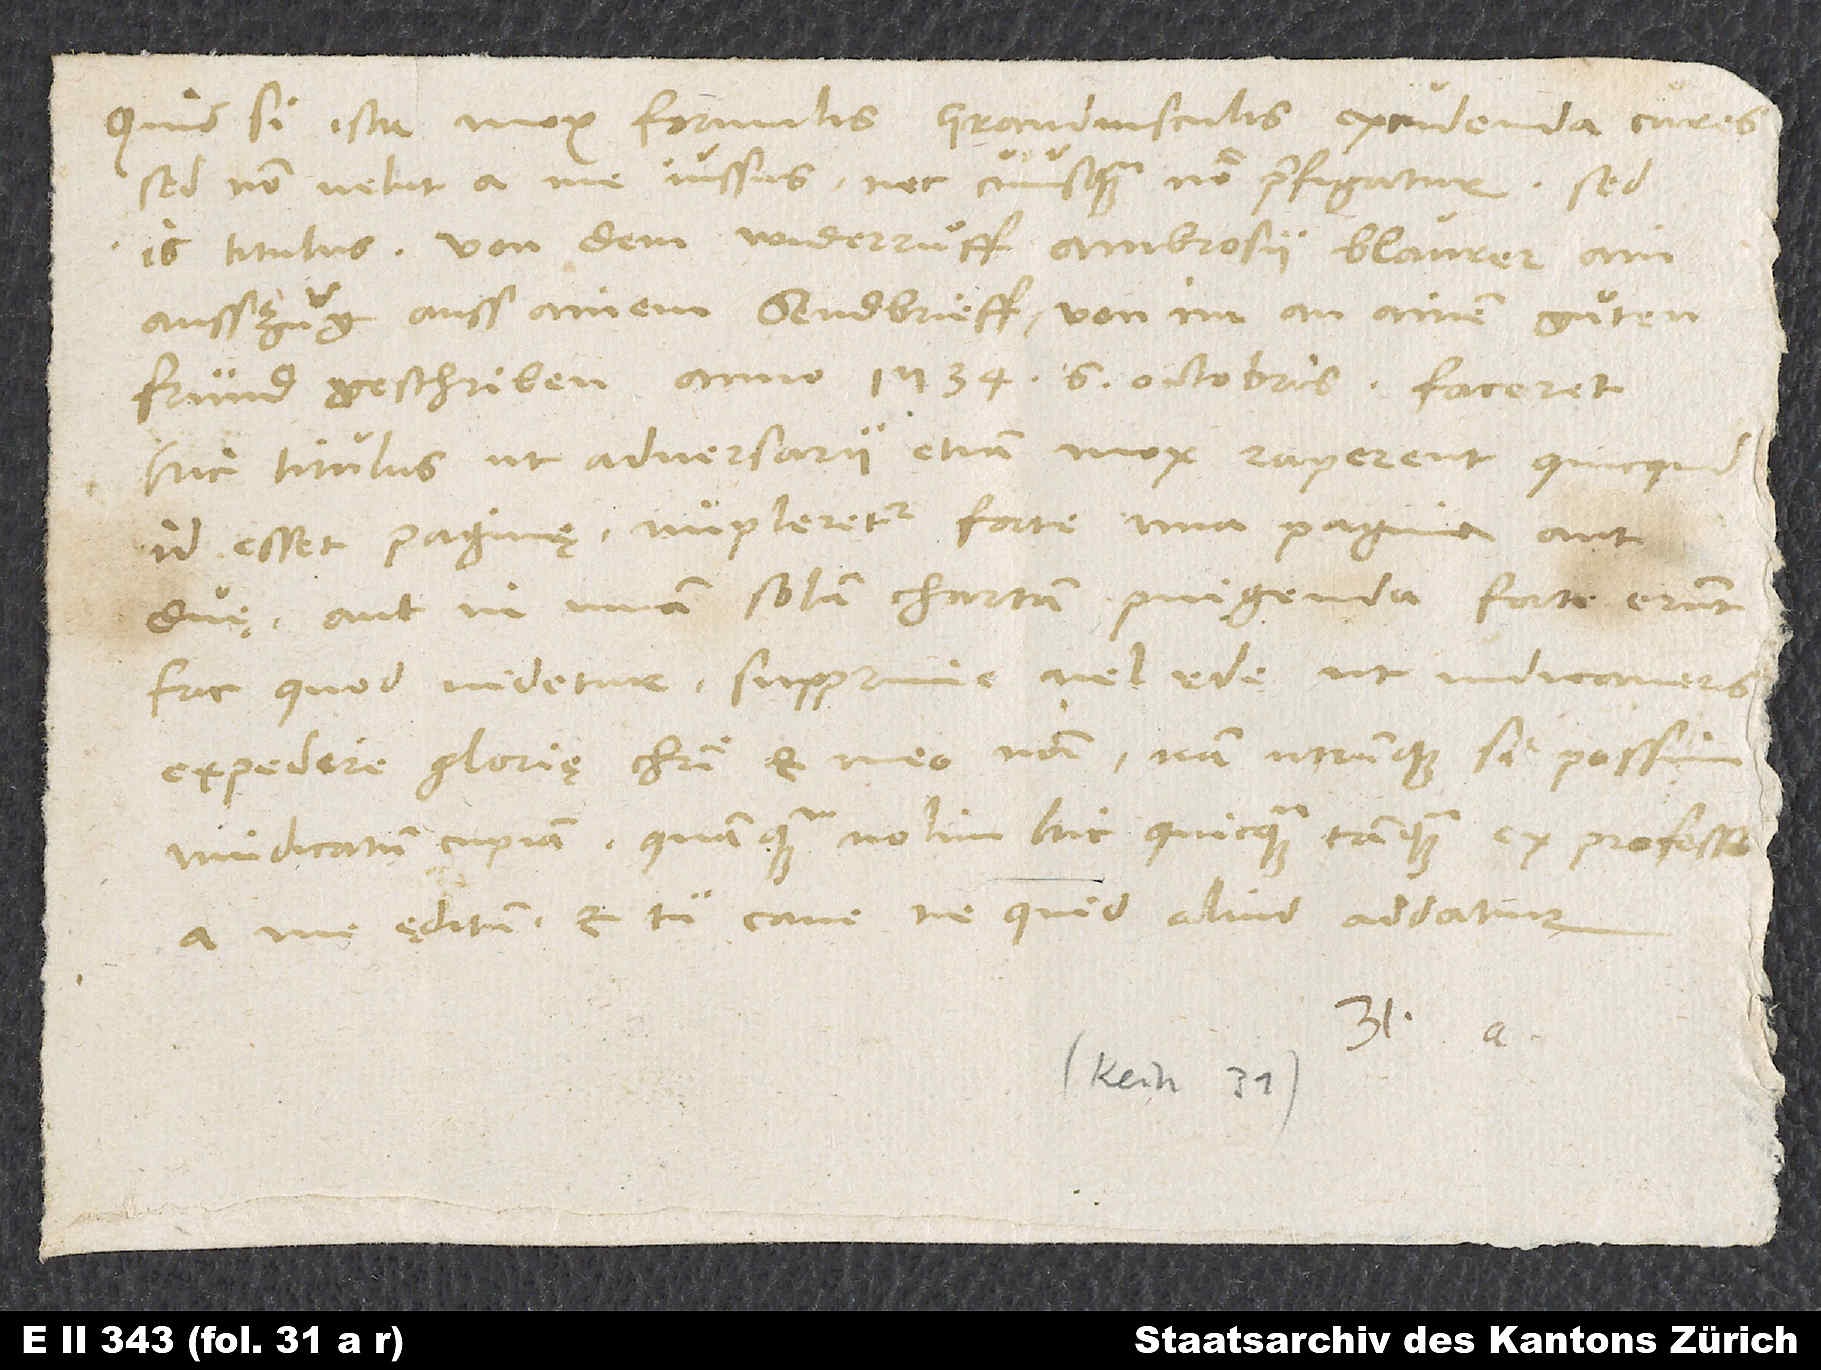
Quid, si ista mox formulis grandiusculis excudenda cures?
Sed non velut a me iussus, nec cuiusquam nomen praefigatur, sed
is titulus: «Von dem widerruͦff Ambrosii Blaurer ain
ausszug auss ainem sendbrieff, von im an ainen guͦten
fründ geschriben anno 1534, 6. octobris». Faceret
hic titulus, ut adversarii etiam mox raperent, quicquid
id esset paginę. Impleretur forte una pagina aut
duę, aut in unam solam chartam pingenda forte erunt.
Fac, quod videtur. Supprime vel ede, ut iudicaveris
expedire glorię Christi et meo nomini. Nam utrumque, si possim,
vindicatum cupiam, quamquam nolim hic quicquam tamquam ex professo
a me ęditum. Et tu cave, ne quid aliud addatur.